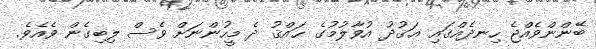
ބޭންންވެއްޖެ ހިނދެއްގައި ޢަޤުދު އުވާލުމުގެ ޙައްޤު ދެ މީހުންނަށް ވެސް ލިބިގެން ވެއެވެ.